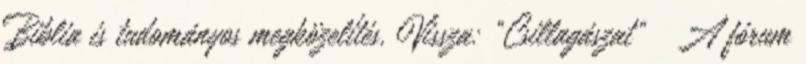
Biblia is tudományos megközelítés. Vissza: “Csillagászat” ↳ A fórum